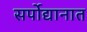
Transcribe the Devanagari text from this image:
सर्पोद्यानात